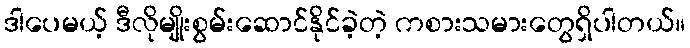
ဒါပေမယ့် ဒီလိုမျိုးစွမ်းဆောင်နိုင်ခဲ့တဲ့ ကစားသမားတွေရှိပါတယ်။